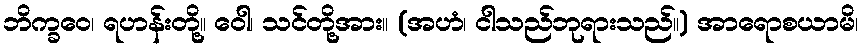
ဘိက္ခဝေ၊ ရဟန်းတို့။ ဝေါ၊ သင်တို့အား။ (အဟံ၊ ငါသည်ဘုရားသည်။) အာရောစယာမိ၊